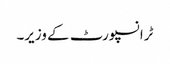
ٹرانسپورٹ کے وزیر۔